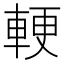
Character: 𮝓